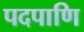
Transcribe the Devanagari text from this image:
पदपाणि